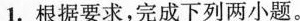
1.根据要求，完成下列两小题。